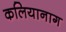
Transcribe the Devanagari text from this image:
कलियानाग